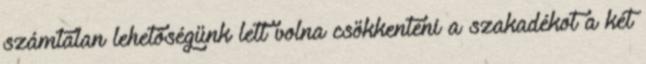
számtalan lehetőségünk lett volna csökkenteni a szakadékot a két